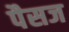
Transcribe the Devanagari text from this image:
पैसज